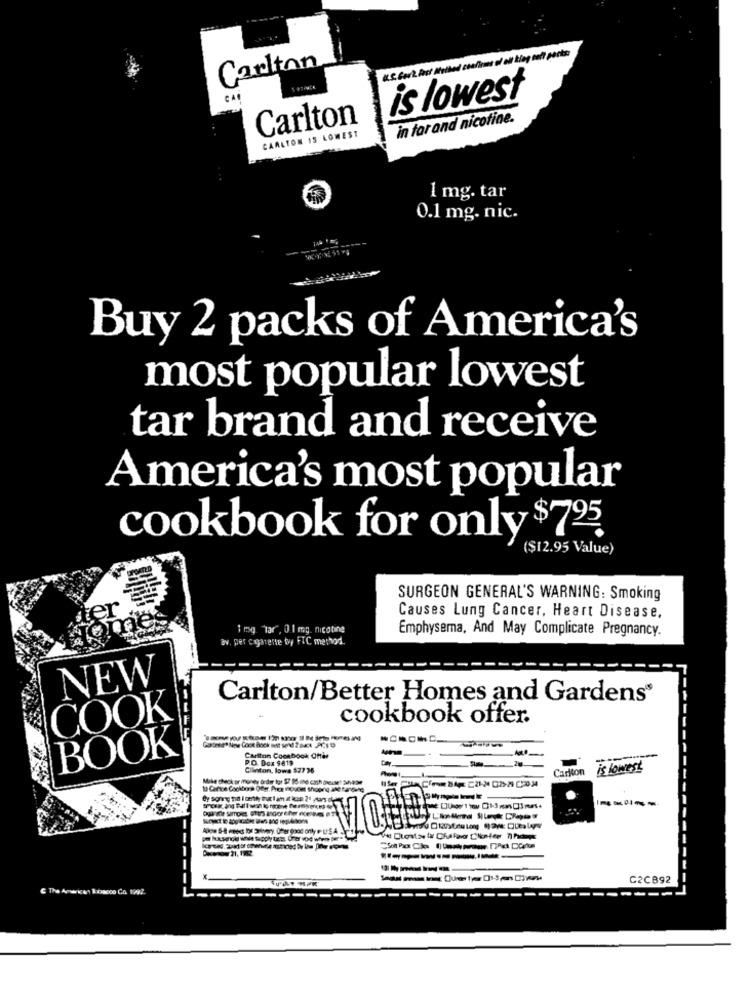
a.S. fork Post Walked confirme af oul blog nett posta
Carlton
is lowest
Carlton
in tar and nicotine.
CARLTON IS LOWEST
1 mg. tar
0.1 mg. nic.
Buy 2 packs of America's
most popular lowest
tar brand and receive
America's most popular
cookbook for only $725
($12.95 Value)
SURGEON GENERAL'S WARNING: Smoking
Causes Lung Cancer, Heart Disease,
1 mg. "tar", 0.1 mg. nicotine
Emphysema, And May Complicate Pregnancy.
av. per cayarente by FIC method.
NEW
Carlton/Better Homes and Gardens®
COOK
cookbook offer.
BOOK
P.D. Dox 9819
Carlton Cookbook Offar
Clinton, lowas $27 36
Carlton
is lowest
100 Carroe Cookbora Offer. Prace Inoucet Shipping JNe hannoeng
--
C2CB92
----